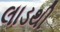
લાડથી